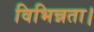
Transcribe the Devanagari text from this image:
विभिन्नता।